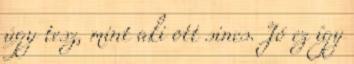
úgy tesz, mint aki ott sincs. Jó ez így